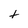
Character: t